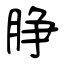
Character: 㬹